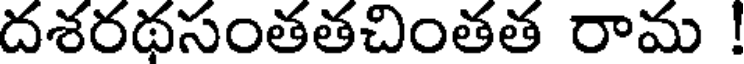
దశరథసంతతచింతత రామ !